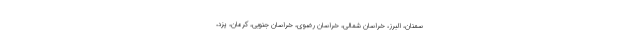
سمنان، البرز، خراسان شمالی، خراسان رضوی، خراسان جنوبی، کرمان، یزد،